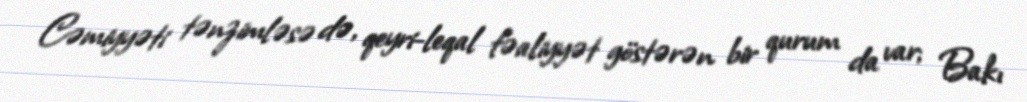
Cəmiyyəti tənzimləsə də, qeyri-leqal fəaliyyət göstərən bir qurum da var; Bakı